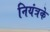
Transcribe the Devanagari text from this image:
नियंत्रके